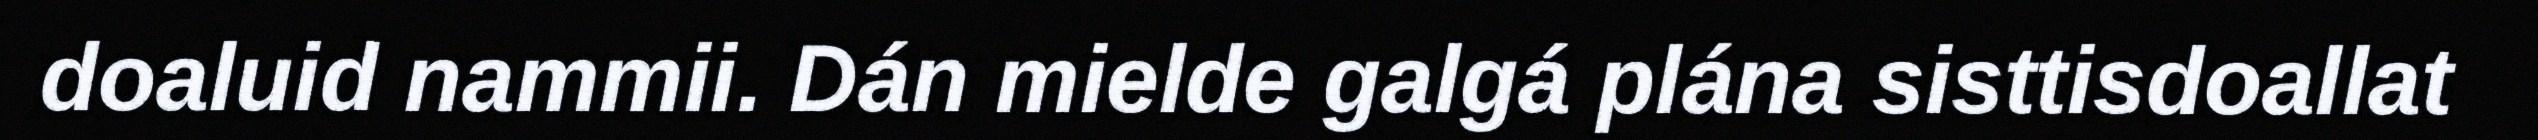
doaluid nammii. Dán mielde galgá plána sisttisdoallat